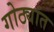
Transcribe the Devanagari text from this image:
गोठ्यांत